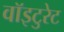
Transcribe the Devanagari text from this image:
वॉइटुरेट